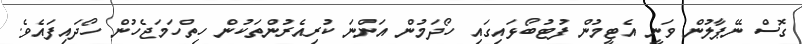
ގޮސް ނޭޕާލުން ވަނީ އެޓީމުން ފުޓުބޯޅައިގައި ހޯދަމުން އަންނަ ކުރިއެރުންތަކުން ހިތްހަމަޖެހުން ހޯދައިފައެވެ.